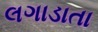
લગાડાતા